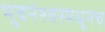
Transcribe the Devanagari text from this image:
भुवनेश्वरमधूनच